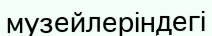
музейлеріндегі